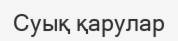
Суық қарулар